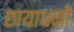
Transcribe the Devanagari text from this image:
छायाधनों